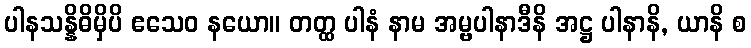
ပါနသန္နိဓိမှိပိ ဧသေဝ နယော။ တတ္ထ ပါနံ နာမ အမ္ဗပါနာဒီနိ အဋ္ဌ ပါနာနိ, ယာနိ စ